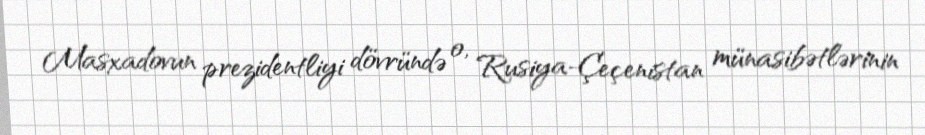
Masxadovun prezidentliyi dövründə o, Rusiya-Çeçenistan münasibətlərinin